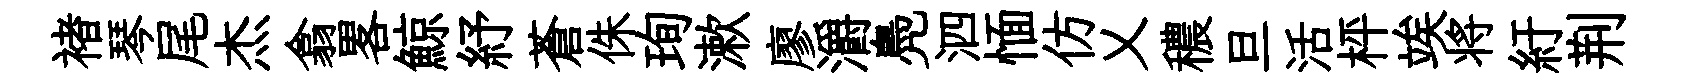
褚琴尾杰翕畧鯨紓蒼侏珣漱廖灂鳧泗愐仿乂穠旦活枰竢将紆荆